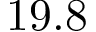
1 9 . 8